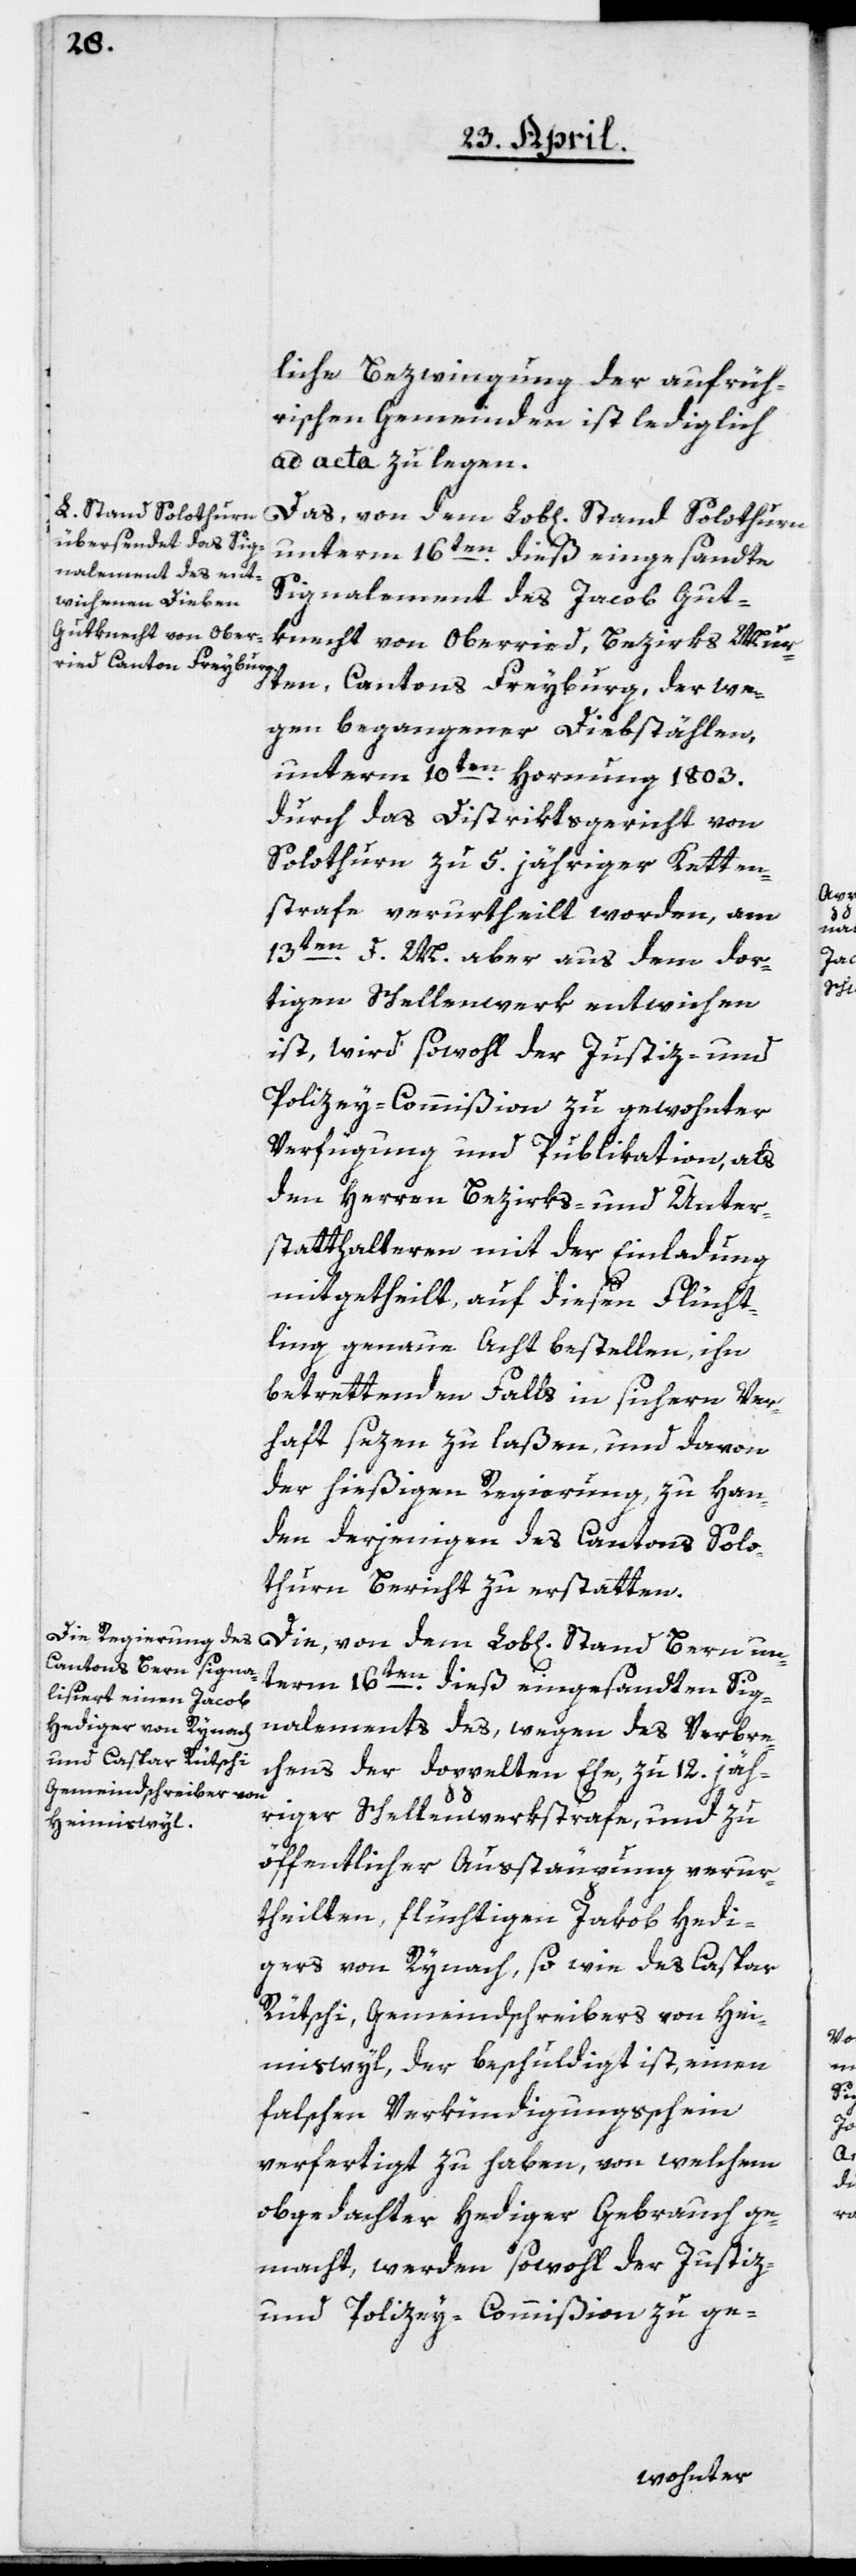
liche Bezwingung der aufrüh¬
rischen Gemeinden ist lediglich
ad acta zu legen.
Das, von dem Lob[lichen] Stand Solothurn
unterm 16ten dieß eingesandte
Signalement des Jacob Gut¬
knecht von Oberried, Bezirks Mur¬
ten, Cantons Freyburg, der we¬
gen begangener Diebstählen,
unterm 10ten Hornung 1803
durch das Distriktsgericht von
Solothurn zu 5. jähriger Ketten¬
strafe verurtheilt worden, am
13ten d. M. aber aus dem dor¬
tigen Schellenwerk entwichen
ist, wird sowohl der Justiz- und
Polizey-Commißion zu gewohnter
Verfügung und Publikation, als
den Herren Bezirks- und Unter¬
statthalteren mit der Einladung
mitgetheilt, auf diesen Flücht¬
ling genaue Acht bestellen, ihn
betrettenden Falls in sichern Ver¬
haft sezen zu laßen und davon
der hießigen Regierung, zu Han¬
den derjenigen des Cantons Solo¬
thurn Bericht zu erstatten.
Die, von dem Lob[lichen] Stand Bern un¬
term 16ten dieß eingesandten Sig¬
nalements des, wegen des Verbre¬
chens der doppelten Ehe zu 12. jäh¬
riger Schellenwerkstrafe, und zu
öffentlicher Ausstäupung verur¬
theilten flüchtigen Jakob Hedi¬
gers von Rynach, so wie des Caspar
Rütschi, Gemeindschreibers von Hei¬
miswyl, der beschuldigt ist, einen
falschen Verkündigungsschein
verfertigt zu haben, von welchem
obgedachter Hediger Gebrauch ge¬
macht, werden sowohl der Justiz-
und Polizey-Commißion zu ge-